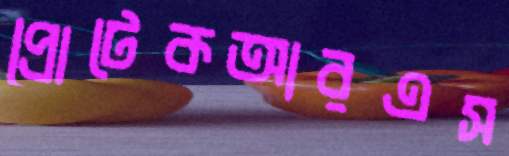
প্রোটেকআরএস